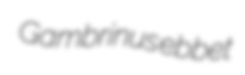
Gambrinus ebbet